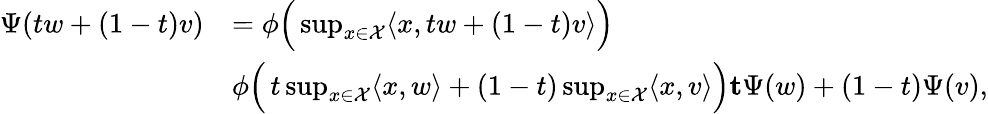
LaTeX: \begin{array}{rl}{\Psi(tw+(1-t)v)}&{=\phi\Bigl(\, \operatorname*{sup}_{x\in\mathcal{X}}\langle x,tw+(1-t)v\rangle\Bigr)}\\ &{\le\phi\Bigl(\, t\operatorname*{sup}_{x\in\mathcal{X}}\langle x,w\rangle+(1-t)\operatorname*{sup}_{x\in\mathcal{X}}\langle x,v\rangle\Bigr)\le t\Psi(w)+(1-t)\Psi(v),}\end{array}